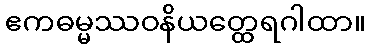
ဧကဓမ္မဿဝနိယတ္ထေရဂါထာ။